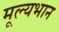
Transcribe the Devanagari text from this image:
मूल्यभान